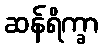
ဆန်ရိက္ခာ